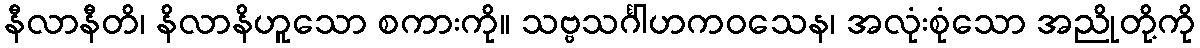
နီလာနီတိ၊ နိလာနိဟူသော စကားကို။ သဗ္ဗသင်္ဂါဟကဝသေန၊ အလုံးစုံသော အညိုတို့ကို